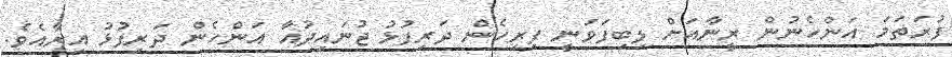
ފުރަތަމަ އަންހެނުން ރީނާއަށް ލިބިފަވަނީ ފިރިހެން ދަރިފުޅު ޖުނައިދުއާ އަންހެން ދަރިފުޅު އިރާއެވެ.